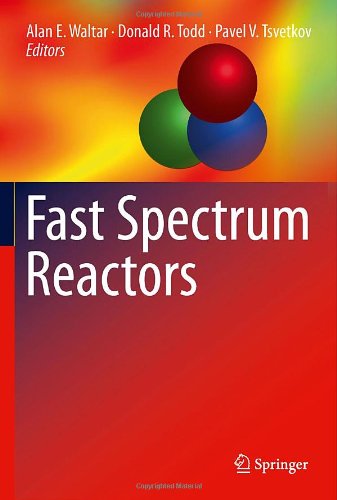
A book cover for Fast Spectrum Reactors; Science & Math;